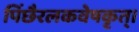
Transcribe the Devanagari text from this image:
पिंछैरलकवेषकृत्‌।